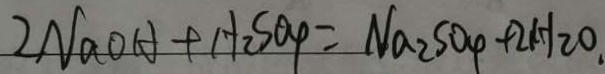
2 N a O H + H _ { 2 } S O _ { 4 } = N a _ { 2 } S O _ { 4 } + 2 H _ { 2 } O .